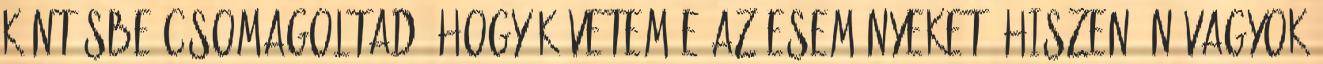
köntösbe csomagoltad. Hogy követem-e az eseményeket? Hiszen én vagyok